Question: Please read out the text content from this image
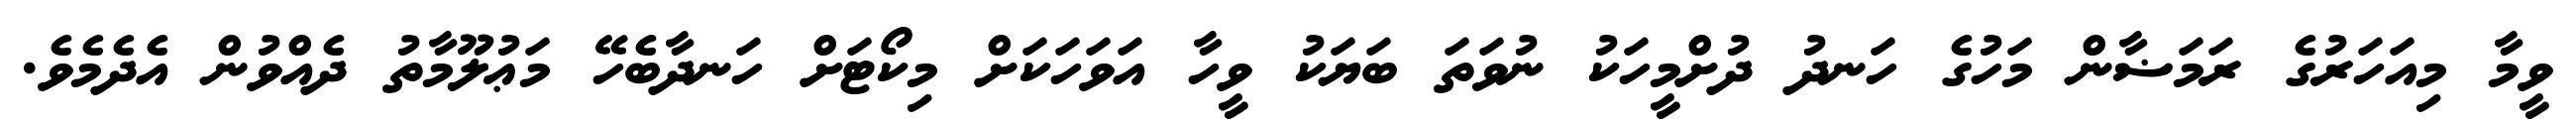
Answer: ވީމާ މިއަހަރުގެ ރަމަޟާން މަހުގެ ހަނދު ދުށްމީހަކު ނުވަތަ ބަޔަކު ވީހާ އަވަހަކަށް މިކޯޓަށް ހަނދާބެހޭ މަޢުލޫމާތު ދެއްވުން އެދެމެވެ.